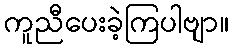
ကူညီပေးခဲ့ကြပါဗျာ။